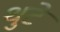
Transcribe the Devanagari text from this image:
थुटे